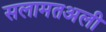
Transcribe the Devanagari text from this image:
सलामतअली